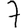
Digit: 7